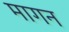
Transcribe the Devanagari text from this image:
मागन